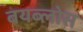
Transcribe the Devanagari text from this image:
बयब्लोस